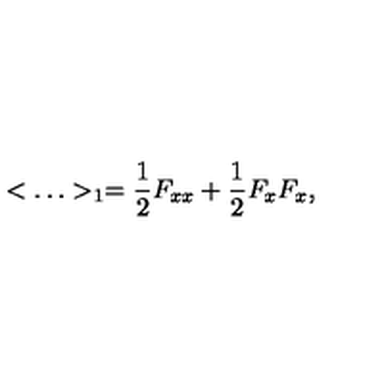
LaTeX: < \ldots > _ { 1 } = { \frac { 1 } { 2 } } F _ { x x } + { \frac { 1 } { 2 } } F _ { x } F _ { x } ,